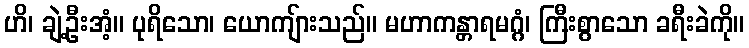
ဟိ၊ ချဲ့ဦးအံ့။ ပုရိသော၊ ယောကျ်ားသည်။ မဟာကန္တာရမဂ္ဂံ၊ ကြီးစွာသော ခရီးခဲကို။